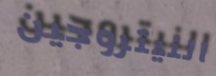
النيتروجين